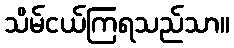
သိမ်ငယ်ကြရသည်သာ။